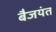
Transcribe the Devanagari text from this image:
बैजयंत